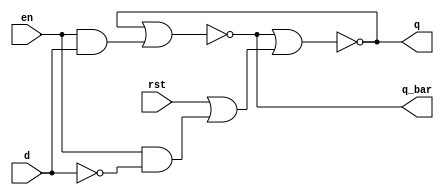
// Code your design here
module d_latch (input d,en,rst, output q,q_bar);
wire d_bar,w1,w2,w3;
  
  not n1 (d_bar,d);
  and a1 (w1,en,d);
  and a2 (w2,en,d_bar);

  or o1 (w3,rst,w2);

  nor no1 (q,q_bar,w3);
  nor no2 (q_bar,q,w1);
endmodule

module d_flip_flop (input d,clk,rst , output q);
wire clk_bar,t1;
  not n1 (clk_bar,clk);
  d_latch  d1 ( .d (d),.en (clk_bar),.rst (rst), .q (t1));
  d_latch  d2 ( .d (t1),.en (clk),.rst (rst), .q (q));
endmodule